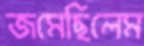
জমেছিলেম